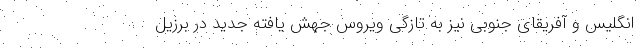
انگلیس و آفریقای جنوبی نیز به تازگی ویروس جهش یافته جدید در برزیل